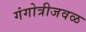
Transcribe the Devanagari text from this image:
गंगोत्रीजवळ